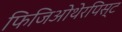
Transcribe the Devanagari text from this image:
फिजिओथेरपिस्ट